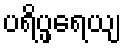
ပရိပ္ဖရေယျ